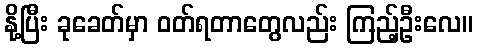
နို့ပြီး ခုခေတ်မှာ ဝတ်ရတာတွေလည်း ကြည့်ဦးလေ။